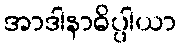
အာဒါနာဓိပ္ပါယာ